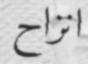
انزاح